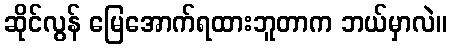
ဆိုင်လွန် မြေအောက်ရထားဘူတာက ဘယ်မှာလဲ။